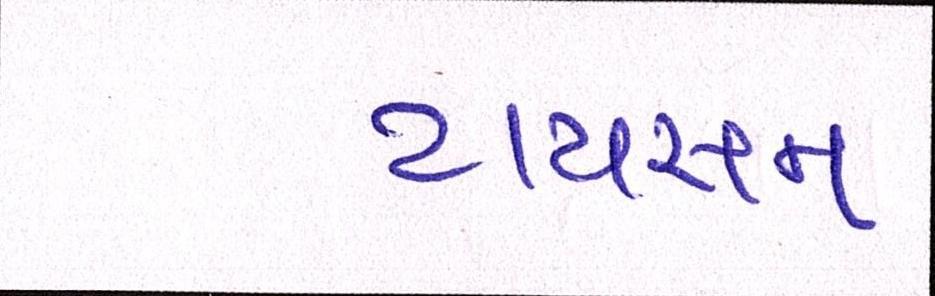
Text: ટાયસન